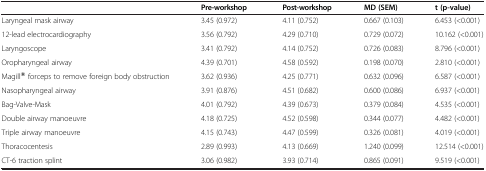
|  | Pre-workshop | Post-workshop | MD (SEM) | t (p-value) |
 | --- | --- | --- | --- | --- |
 | Laryngeal mask airway | 3.45 (0.972) | 4.11 (0.752) | 0.667 (0.103) | 6.453 (<0.001) |
 | 12-lead electrocardiography | 3.56 (0.792) | 4.29 (0.710) | 0.729 (0.072) | 10.162 (<0.001) |
 | Laryngoscope | 3.41 (0.792) | 4.14 (0.752) | 0.726 (0.083) | 8.796 (<0.001) |
 | Oropharyngeal airway | 4.39 (0.701) | 4.58 (0.592) | 0.198 (0.070) | 2.810 (<0.001) |
 | Magill® forceps to remove foreign body obstruction | 3.62 (0.936) | 4.25 (0.771) | 0.632 (0.096) | 6.587 (<0.001) |
 | Nasopharyngeal airway | 3.91 (0.876) | 4.51 (0.682) | 0.600 (0.086) | 6.937 (<0.001) |
 | Bag-Valve-Mask | 4.01 (0.792) | 4.39 (0.673) | 0.379 (0.084) | 4.535 (<0.001) |
 | Double airway manoeuvre | 4.18 (0.725) | 4.52 (0.598) | 0.344 (0.077) | 4.482 (<0.001) |
 | Triple airway manoeuvre | 4.15 (0.743) | 4.47 (0.599) | 0.326 (0.081) | 4.019 (<0.001) |
 | Thoracocentesis | 2.89 (0.993) | 4.13 (0.669) | 1.240 (0.099) | 12.514 (<0.001) |
 | CT-6 traction splint | 3.06 (0.982) | 3.93 (0.714) | 0.865 (0.091) | 9.519 (<0.001) |